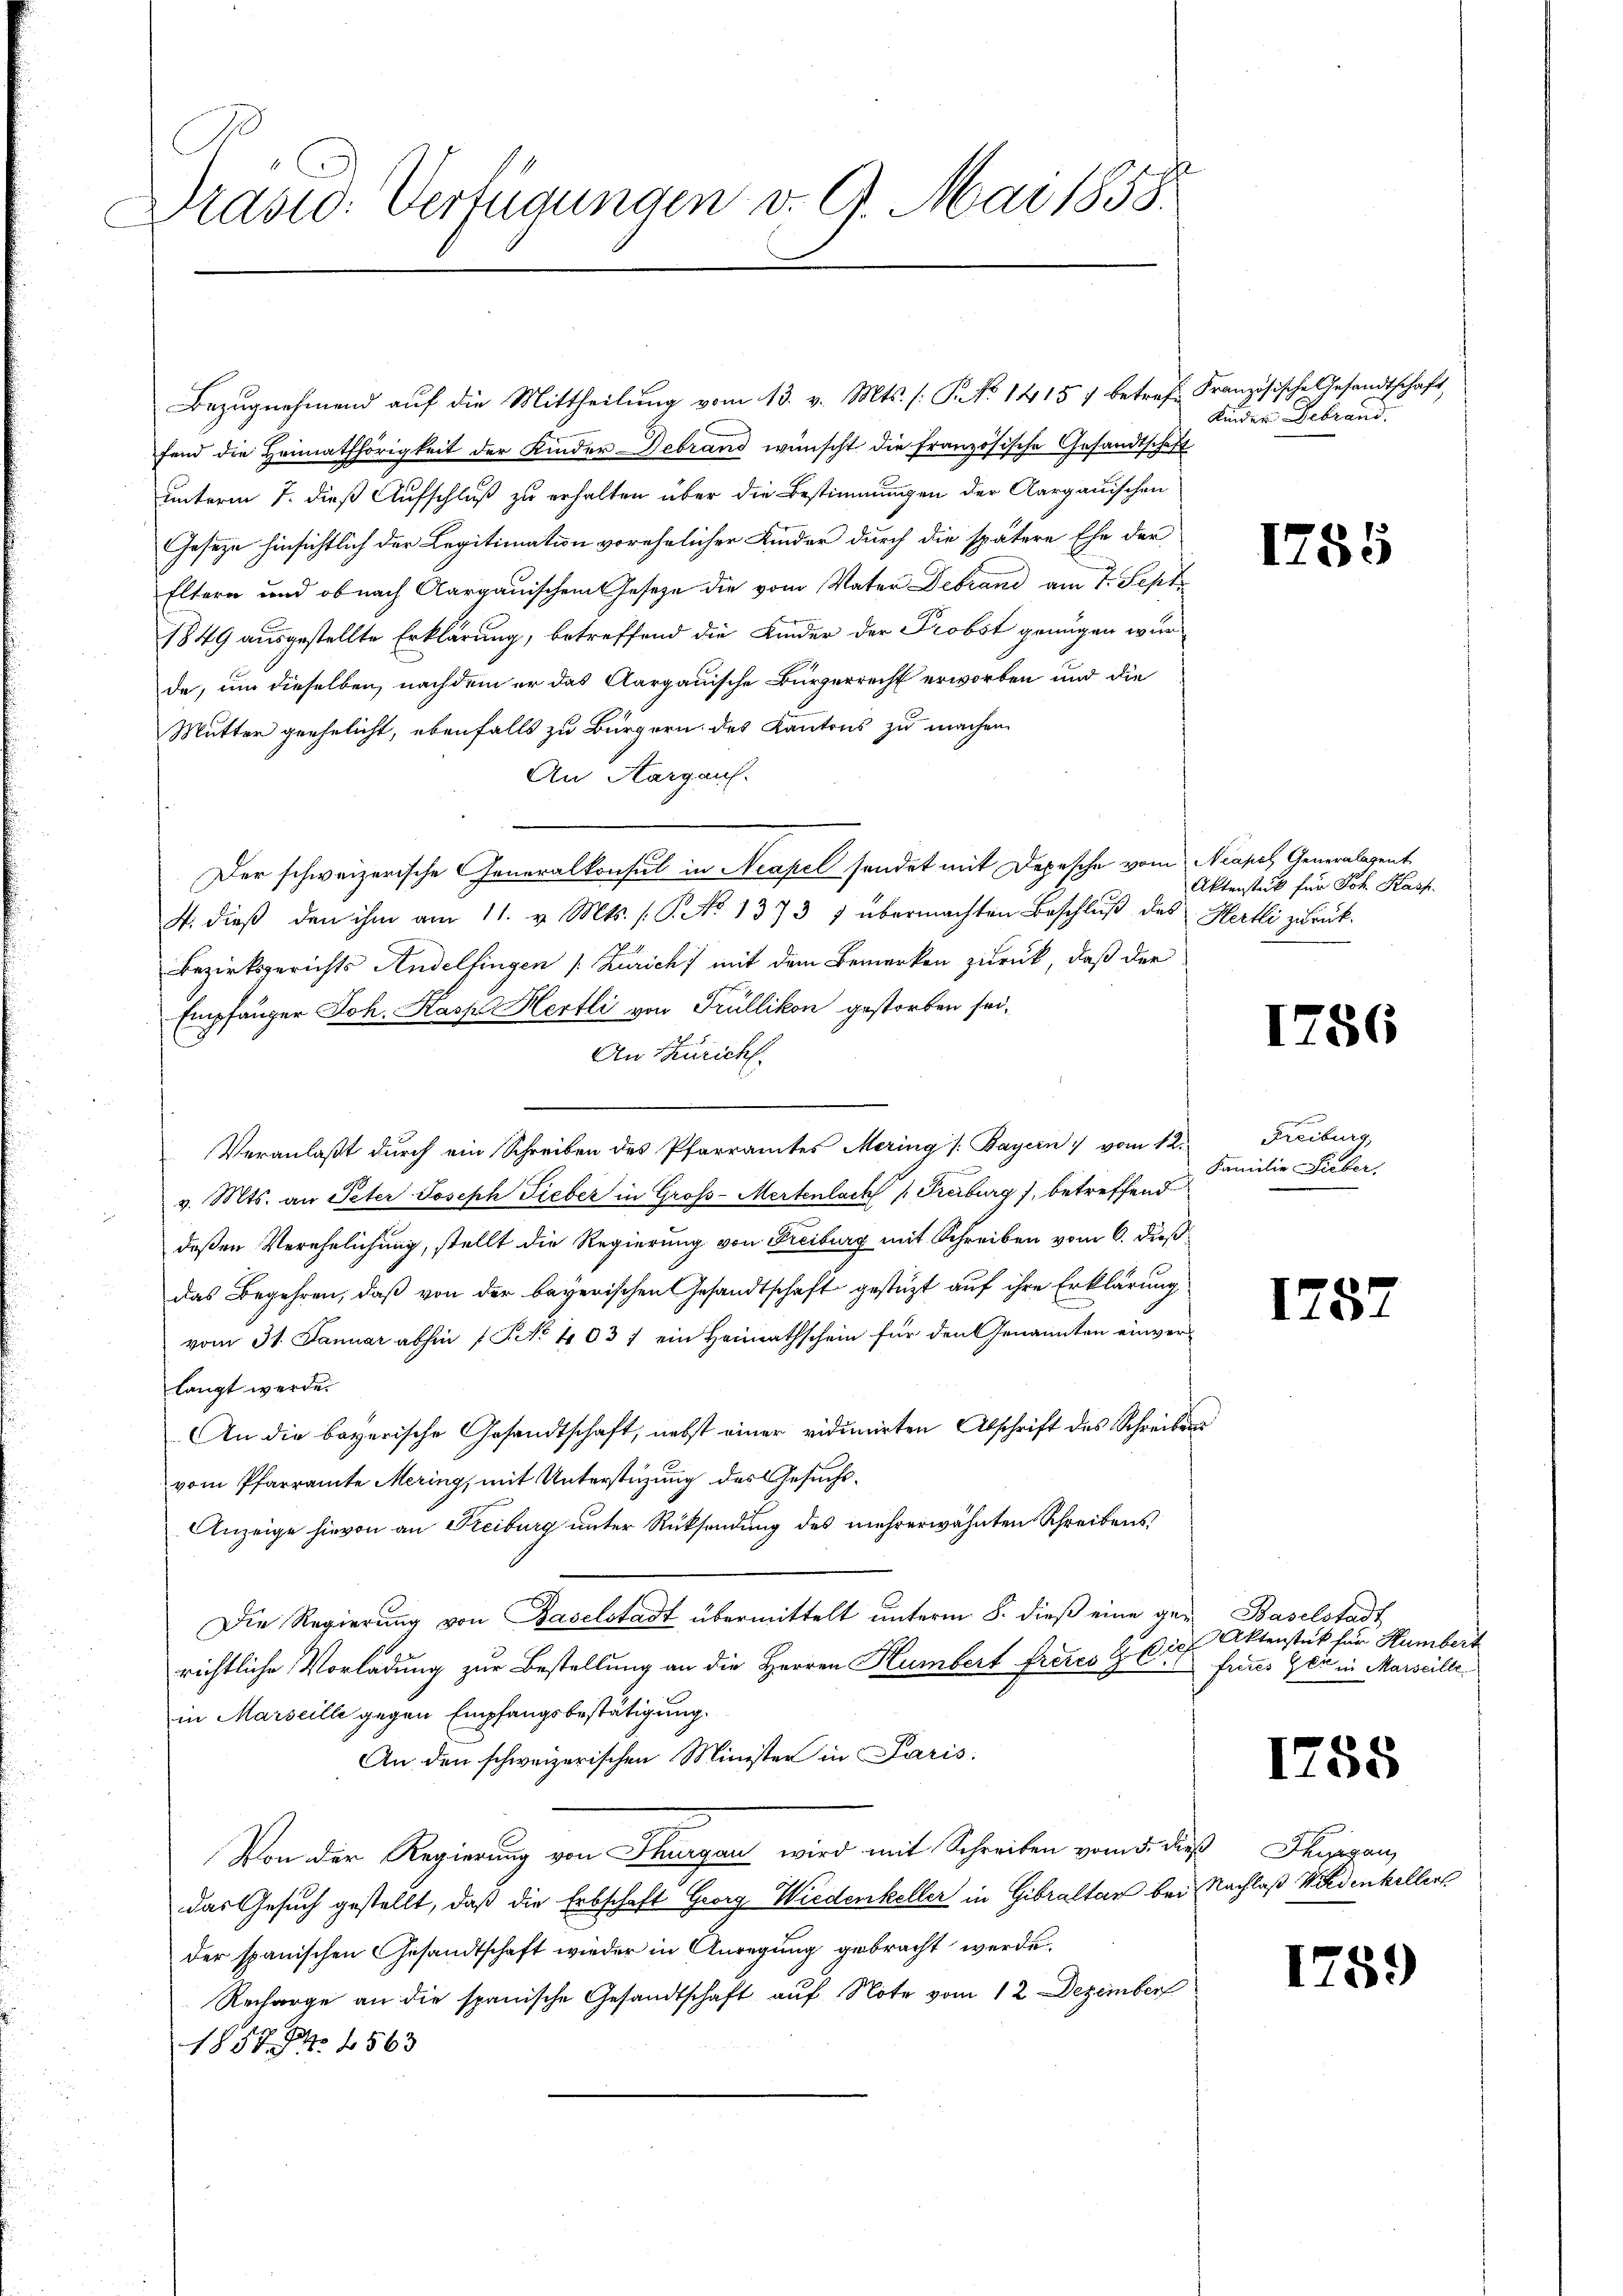
Drasio: Verfügungen v. 9. Mai 1858.

Bezŭgnehmend aŭf die Mittheilŭng vom 13. v. Mts. (: P. No 14157 betref Französische Gesandtschaft,
fend die Heimathörigkeit der Kinder Debrand wünscht die französische Gesandtschaft
unterm 7. dieß Aufschluß zu erhalten über die Bestimmungen der Aargauischen
Gesetze hinsichtlich der Legitimation vorehelicher Kinder durch die spätere Ehe der
Eltern und ob nach Aargauischem Gesetze die vom Vater Debrand am 7. Sept
1849 ausgestellte Erklärung, betreffend die Kinder der Probst genügen war
de, um dieselben, nachdem er das Aargauische Bürgerrecht erworben und die
Mutter geehelicht, ebenfalls zu Bürgern des Kantons zu machen.
An Aargauf.
Der schweizerische Generalkonsul in Neapel sendet mit Depesche vom Neapel Generalagent
J. dieβ den ihm am 11. v. Mts. (T. No 1373 1 übermachten Beschlŭβ des Hertli zurück-
Bezirksgerichts Andelfingen /: Zürich) mit dem Bemerken zurück, daß der
Empfänger Joh. Kass Hertli von Trüllikon gestorben sei,
An Thürich
n
Veranlaßt durch ein Schreiben des Pfarramtes Mering /: Bayern vom 12. Freiburg,
v. Mts. an Peter Joseph Fieber in Groß-Mertenlach 1 Freiburg, betreffend
deßen Verehelichung, stellt die Regierung von Freiburg mit Schreiben vom 6. daß
das Begehren, daß von der bayerischen Gesandtschaft gestüzt auf ihre Erklärung
vom 31. Januar abhin (T. No 403 / ein Heimathschein für den Genannten einverlangt werde.
An die bayerische Gesandtschaft, nebst einer vidimirten Abschrift des Schreibens
vom Pfarramte Mering, mit Unterstüzung des Gesuchs¬
Anzeige hievon an Freiburg unter Rücksendung des mehrerwähnten Schreibens
Die Regierung von Baselstadt übermittelt unterm 8. dieß eine ge- Baselstadt
richtliche Vorladung zur Bestellung an die Herren Humbert freier & Cie
in Marseille gegen Empfangsbestätigung.
An den schweizerischen Minister in Paris
Von der Regierung von Thurgau wird mit Schreiben vom 5. die Seegen,
das Gesuch gestellt, daß die Erbschaft Georg Wiedenkeller in Gibraltar bei Nachlaß Niedenkellers
der spanischen Gesandtschaft wieder in Anregung gebracht werde.
Recharge an die spanische Gesandtschaft auf Note vom 12. Dezember
1854 f 56 x

Kinder Gebrand

1785

Aktenstück für Joh. Kasp.

1786

Familie Lieber,

1782

Aktenstück für Rumbert
freies Get in Marseille

1755

1

59